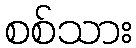
စစ်သား